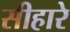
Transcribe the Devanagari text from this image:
सीहारे